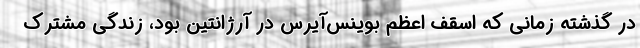
در گذشته زمانی که اسقف اعظم بوینس‌آیرس در آرژانتین بود، زندگی مشترک